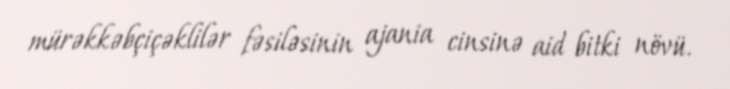
mürəkkəbçiçəklilər fəsiləsinin ajania cinsinə aid bitki növü.